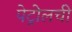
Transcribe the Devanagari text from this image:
पेट्रोलची